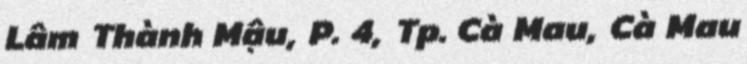
Lâm Thành Mậu, P. 4, Tp. Cà Mau, Cà Mau